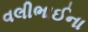
વલીભાઈના